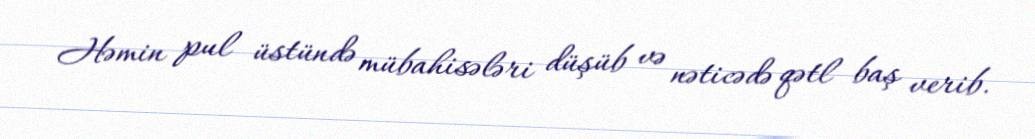
Həmin pul üstündə mübahisələri düşüb və nəticədə qətl baş verib.